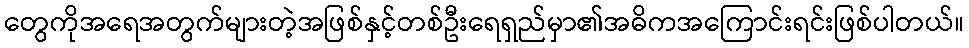
တွေကိုအရေအတွက်များတဲ့အဖြစ်နှင့်တစ်ဦးရေရှည်မှာ၏အဓိကအကြောင်းရင်းဖြစ်ပါတယ်။